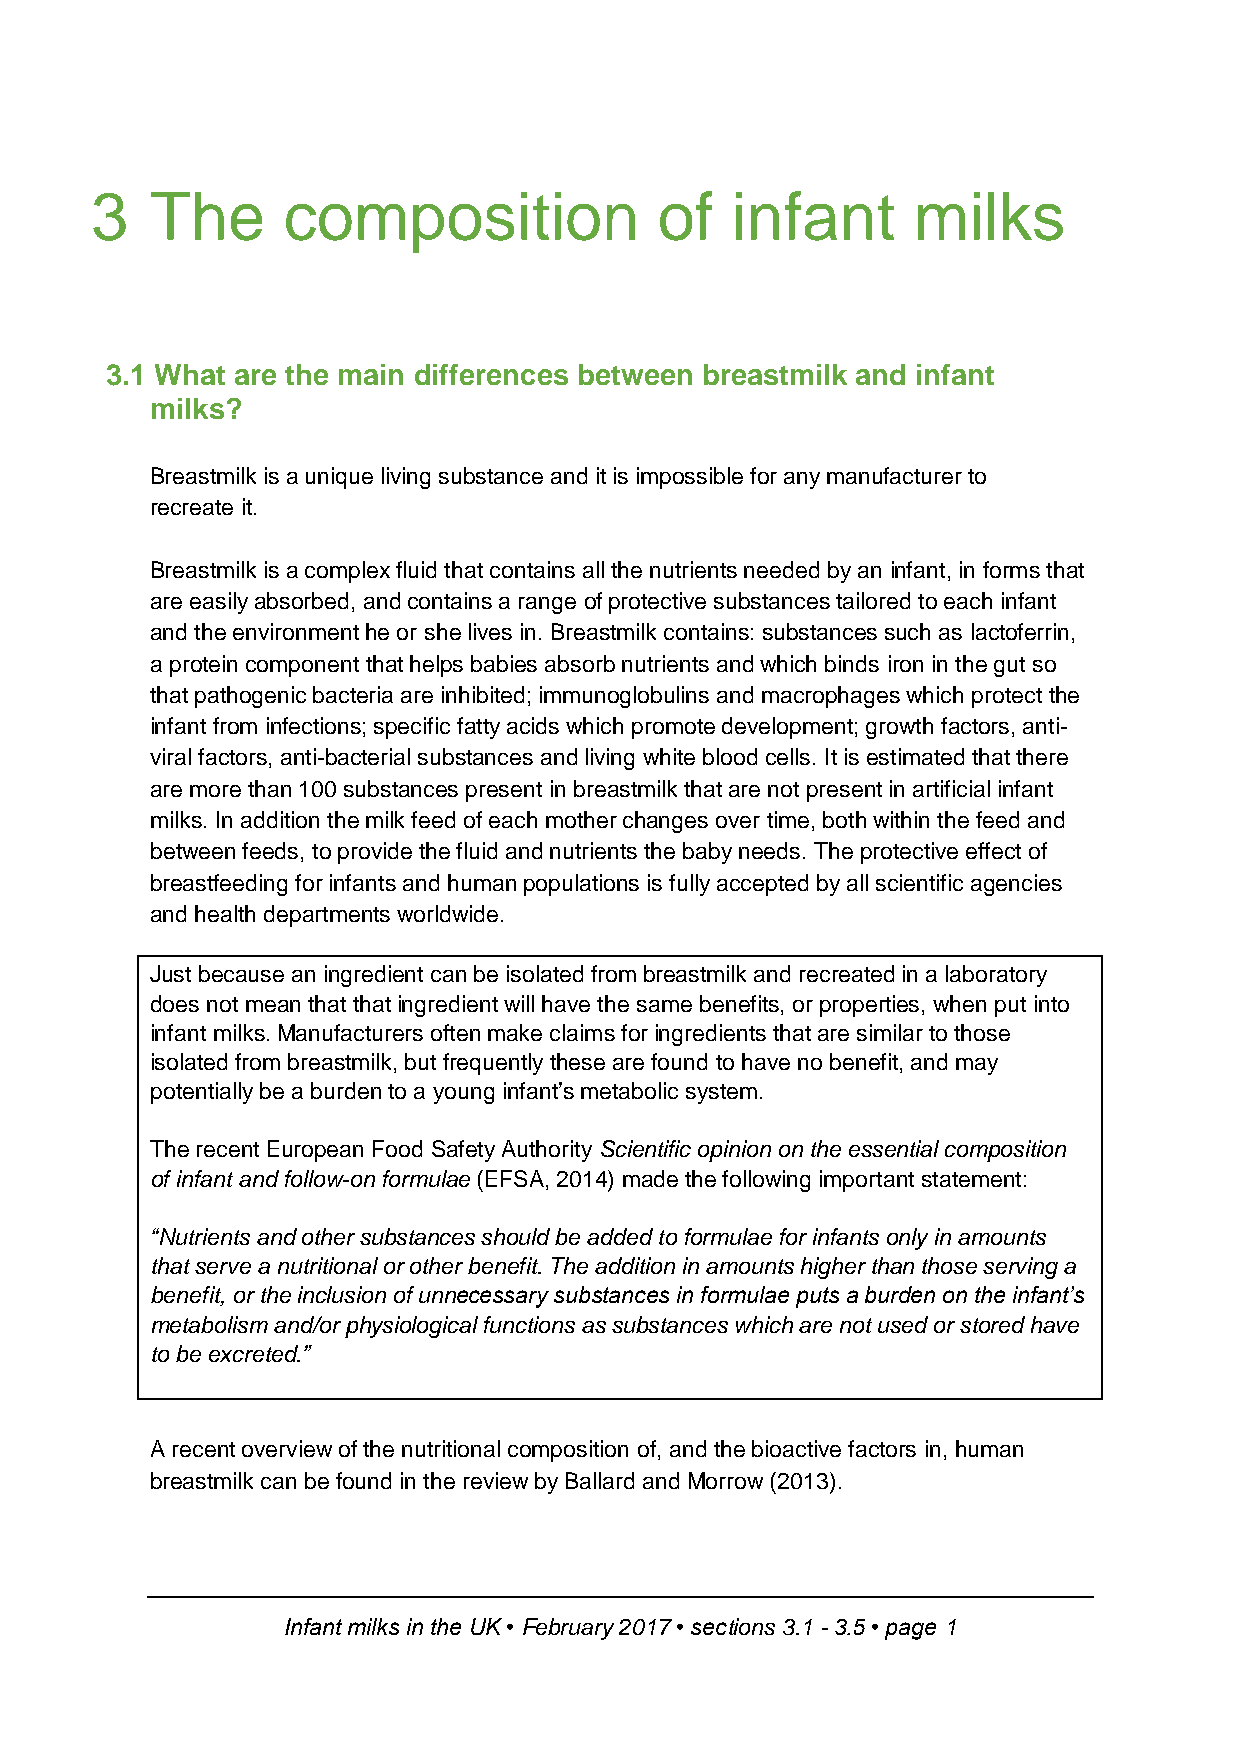
3   The      composition              of  infant      milks
 3.1 What are the main differences between breastmilk and infant
 milks?
 Breastmilk is a unique living substance and it is impossible for any manufacturer to
 recreate it.
 Breastmilk is a complex fluid that contains all the nutrients needed by an infant, in forms that
 are easily absorbed, and contains a range of protective substances tailored to each infant
 and the environment he or she lives in. Breastmilk contains: substances such as lactoferrin,
 a protein component that helps babies absorb nutrients and which binds iron in the gut so
 that pathogenic bacteria are inhibited; immunoglobulins and macrophages which protect the
 infant from infections; specific fatty acids which promote development; growth factors, anti-
 viral factors, anti-bacterial substances and living white blood cells. It is estimated that there
 are more than 100 substances present in breastmilk that are not present in artificial infant
 milks. In addition the milk feed of each mother changes over time, both within the feed and
 between feeds, to provide the fluid and nutrients the baby needs. The protective effect of
 breastfeeding for infants and human populations is fully accepted by all scientific agencies
 and health departments worldwide.
 Just because an ingredient can be isolated from breastmilk and recreated in a laboratory
 does not mean that that ingredient will have the same benefits, or properties, when put into
 infant milks. Manufacturers often make claims for ingredients that are similar to those
 isolated from breastmilk, but frequently these are found to have no benefit, and may
 potentially be a burden to a young infant’s metabolic system.
 The recent European Food Safety Authority Scientific opinion on the essential composition
 of infant and follow-on formulae (EFSA, 2014) made the following important statement:
 “Nutrients and other substances should be added to formulae for infants only in amounts
 that serve a nutritional or other benefit. The addition in amounts higher than those serving a
 benefit, or the inclusion of unnecessary substances in formulae puts a burden on the infant’s
 metabolism and/or physiological functions as substances which are not used or stored have
 to be excreted.”
 A recent overview of the nutritional composition of, and the bioactive factors in, human
 breastmilk can be found in the review by Ballard and Morrow (2013).
 Infant milks in the UK • February 2017 • sections 3.1 - 3.5 • page 1